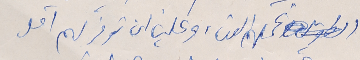
الطويل وتحملهم العناء وعلينا ان نوفر لهم اقل